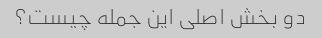
دو بخش اصلی این جمله چیست؟